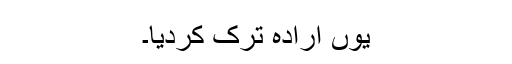
یوں ارادہ ترک کردیا۔